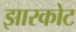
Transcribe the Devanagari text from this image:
झारकोट